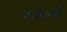
લકાતી